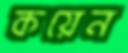
কয়েন